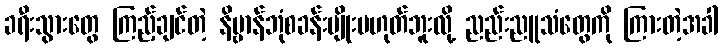
ခရီးသွားတွေ ကြည့်ချင်တဲ့ နိဗ္ဗာန်ဘုံစခန်းမျိုးမဟုတ်ဘူးလို့ ညည်းညူသံတွေကို ကြားတဲ့အခါ